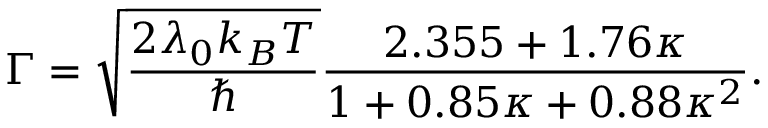
\Gamma = \sqrt { \frac { 2 \lambda _ { 0 } k _ { B } T } { \hbar } } \frac { 2 . 3 5 5 + 1 . 7 6 \kappa } { 1 + 0 . 8 5 \kappa + 0 . 8 8 \kappa ^ { 2 } } .